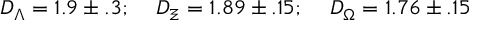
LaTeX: D _ { \Lambda } = 1 . 9 \pm . 3 ; \; \; \; \; D _ { \Xi } = 1 . 8 9 \pm . 1 5 ; \; \; \; \; D _ { \Omega } = 1 . 7 6 \pm . 1 5